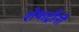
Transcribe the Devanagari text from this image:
शेषाद्रींनी